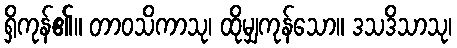
ရှိကုန်၏။ တာဝသိကာသု၊ ထိုမျှကုန်သော။ ဒသဒိသာသု၊